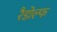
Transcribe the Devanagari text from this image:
रैडोल्फ